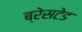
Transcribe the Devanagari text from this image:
ब्रेसटेड